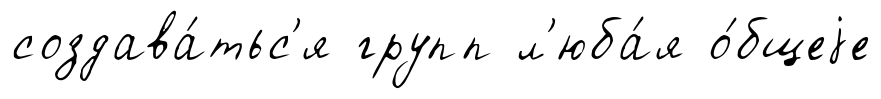
создава́тьс'я групп л'юба́я о́бщеjе